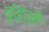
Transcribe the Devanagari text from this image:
ढूंढ़ती